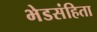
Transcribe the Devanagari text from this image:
भेडसंहिता